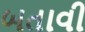
બતાવી